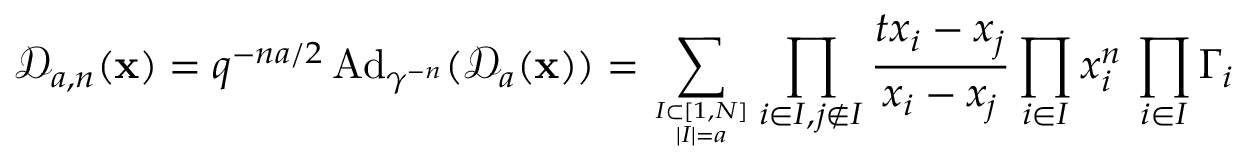
\mathcal D _ { a , n } ( \mathbf x ) = q ^ { - n a / 2 } \, \mathrm { A d } _ { \gamma ^ { - n } } ( \mathcal D _ { a } ( \mathbf x ) ) = \sum _ { I \subset [ 1 , N ] \atop | I | = a } \prod _ { i \in I , j \not \in I } \frac { t x _ { i } - x _ { j } } { x _ { i } - x _ { j } } \prod _ { i \in I } x _ { i } ^ { n } \, \prod _ { i \in I } \Gamma _ { i }